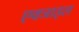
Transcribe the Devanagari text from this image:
एक्जाइल